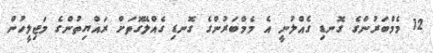
12 މެމްބަރުންގެ ގޮނޑި ގެއްލުނީ އެ މެމްބަރުންގެ ގޮނޑި ގެއްލޭގޮތަށް ރައްޔިތުންގެ މަޖިލީހުން